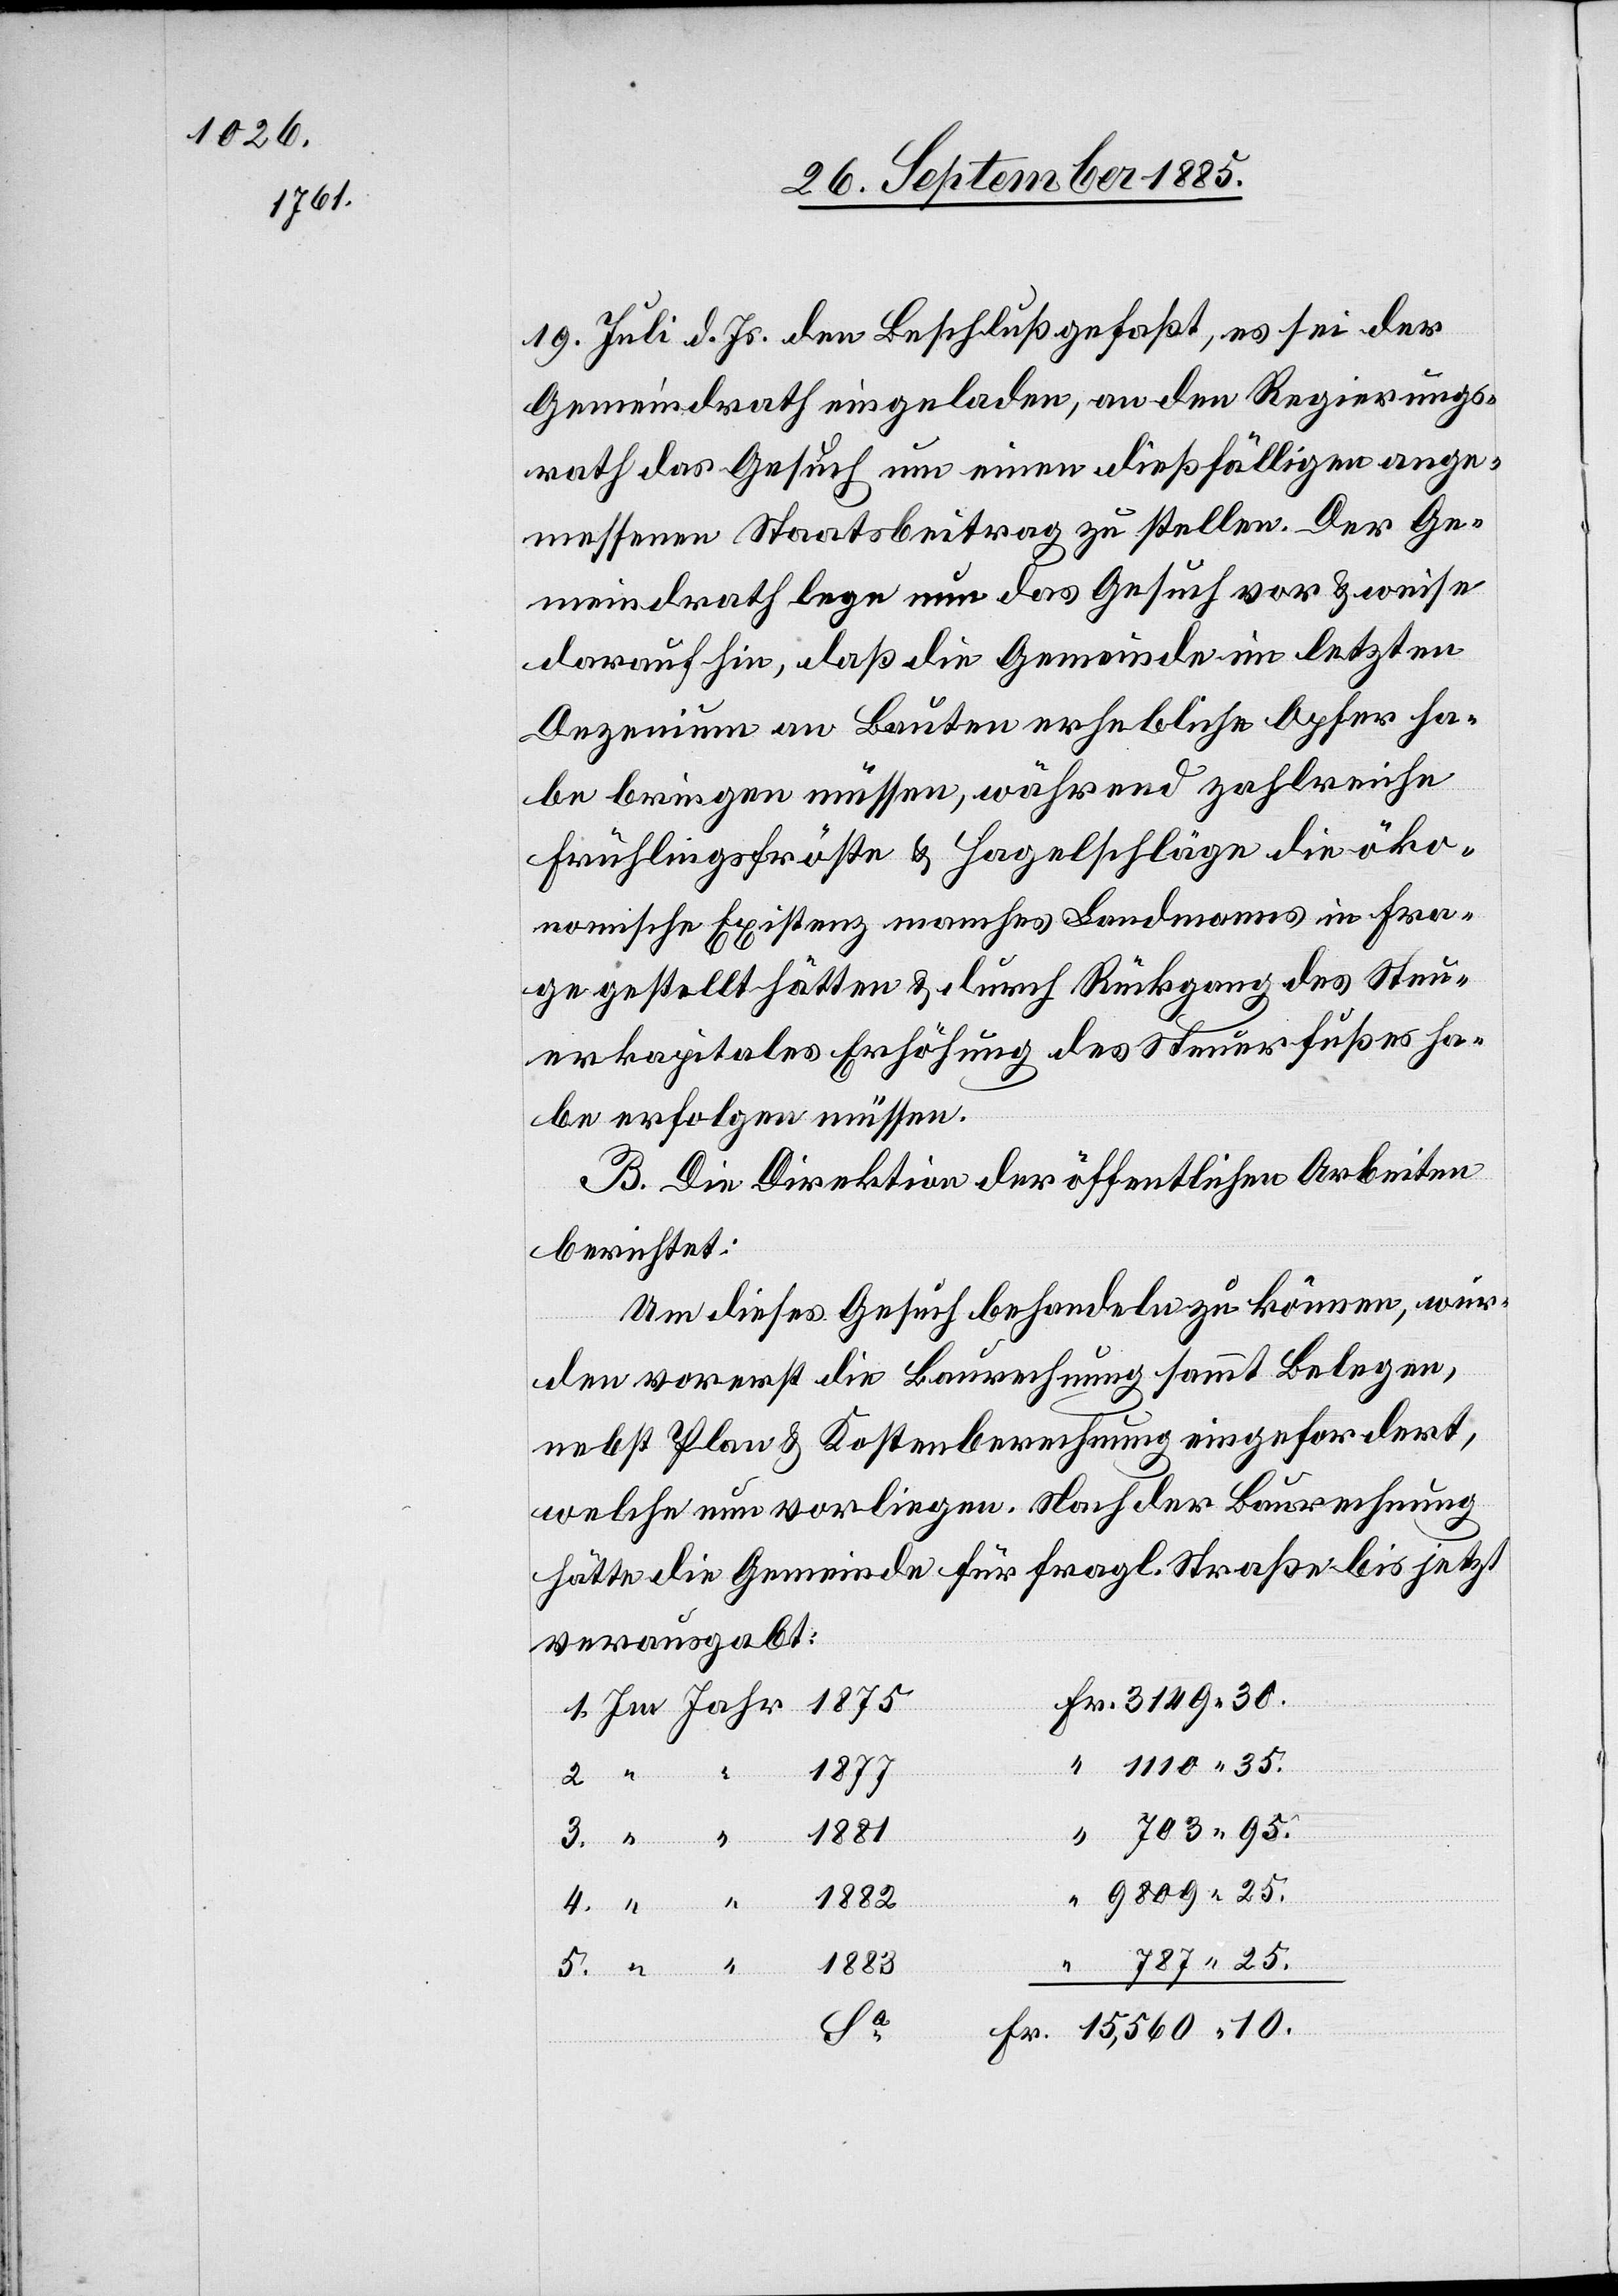
19. Juli d. Js. den Beschluß gefaßt, es sei der
Gemeindrath eingeladen, an den Regierungs¬
rath das Gesuch um einen dießfälligen ange¬
messenen Staatsbeitrag zu stellen. Der Ge¬
meindrath lege nun das Gesuch vor & weise
darauf hin, daß die Gemeinde im letzten
Dezenium an Bauten erhebliche Opfer ha¬
be bringen müssen, während zahlreiche
Frühlingsfröste & Hagelschläge die öko¬
nomische Existenz manches Landmanns in Fra¬
ge gestellt hätten & durch Rückgang des Steu¬
erkapitals Erhöhung des Steuerfußes ha¬
be erfolgen müssen.
B. Die Direktion der öffentlichen Arbeiten
berichtet:
Um dieses Gesuch behandeln zu können, wur¬
den vorerst die Baurechnung sammt Belegen,
nebst Plan & Kostenberechnung eingefordert,
welche nun vorliegen. Nach der Baurechnung
hätte die Gemeinde für fragl. Straße bis jetzt
verausgabt:
787
25.
1883
10.
9809 25.